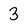
Character: 3